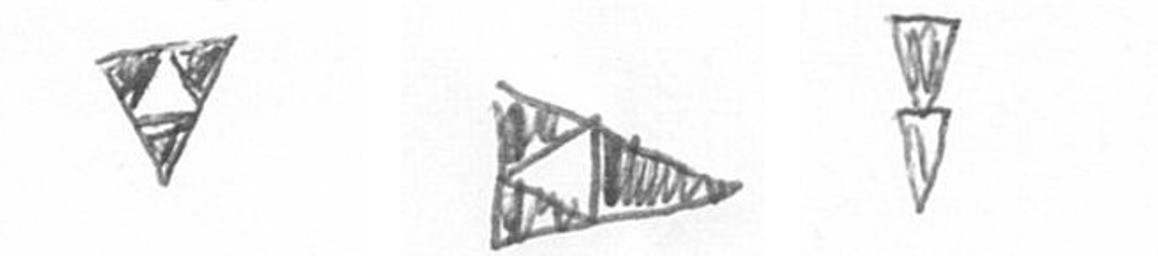
S K Z